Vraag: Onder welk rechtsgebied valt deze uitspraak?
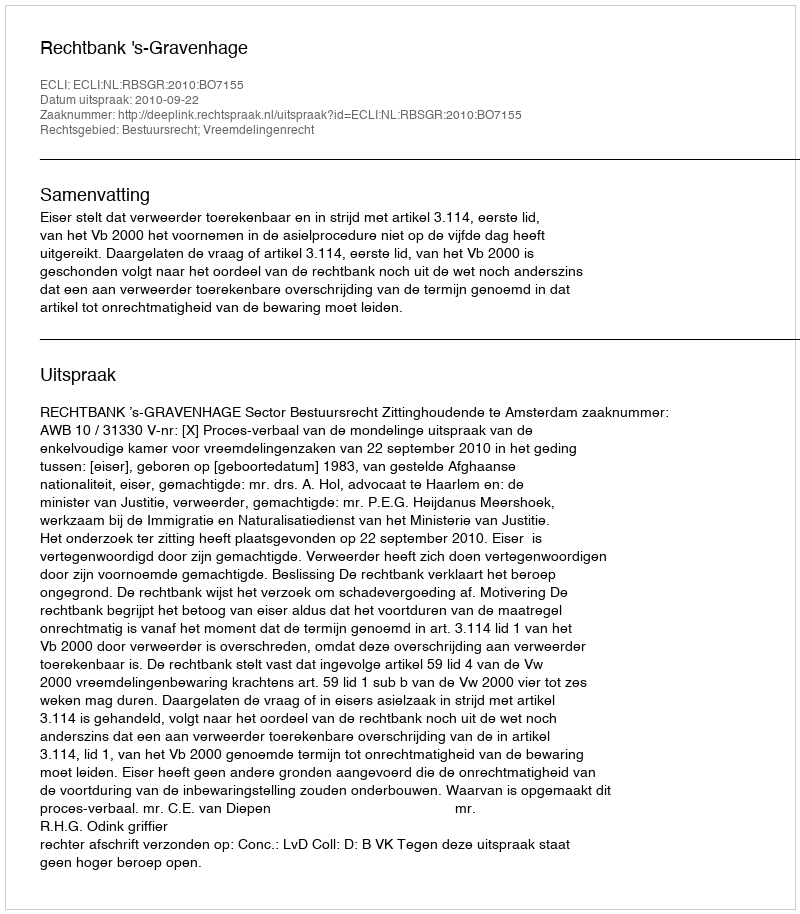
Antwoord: Bestuursrecht; Vreemdelingenrecht